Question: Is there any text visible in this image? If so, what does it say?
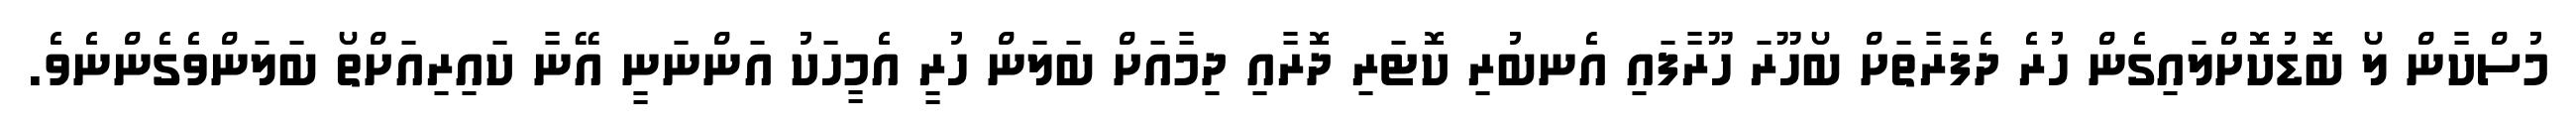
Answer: މުސްކާން ލޯ ބޮޑުކޮށްލައިގެން ހުރެ ދެފަރާތަށް ބޯހޫރަ ހޫރާފައި އެނބުރި ކޮޓަރި ދޮރާއި ދިމާއަށް ބަލަން ހުރީ އެމީހަކު އަންނަނީ އޭނާ ކައިރިއަށްތޯ ބަލަންވެގެންނެވެ.